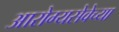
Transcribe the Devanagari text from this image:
आरोग्यसेवेच्या